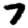
Digit: 7